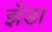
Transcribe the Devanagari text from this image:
झँडा